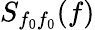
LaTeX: S_{f_{\mathrm{0}}f_{\mathrm{0}}}(f)